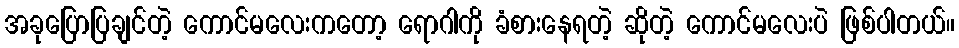
အခုပြောပြချင်တဲ့ ကောင်မလေးကတော့ ရောဂါကို ခံစားနေရတဲ့ ဆိုတဲ့ ကောင်မလေးပဲ ဖြစ်ပါတယ်။